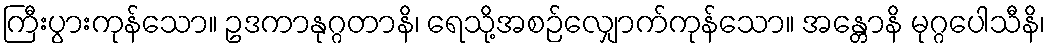
ကြီးပွားကုန်သော။ ဥဒကာနုဂ္ဂတာနိ၊ ရေသို့အစဉ်လျှောက်ကုန်သော။ အန္တောနိ မုဂ္ဂပေါသီနိ၊